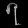
Digit: ၇